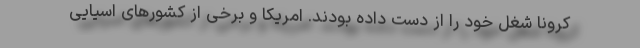
کرونا شغل خود را از دست داده بودند. امریکا و برخی از کشورهای اسیایی